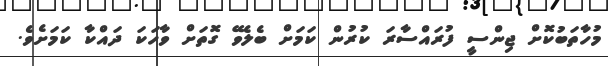
މުހާތަބުކޮށް ޖިންސީ ފުރައްސާރަ ކުރުން ކަަމަށް ބެލެވޭ ގޮތަށް ވާހަކަ ދައްކާ ކަމަށެވެ.